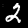
Digit: 2